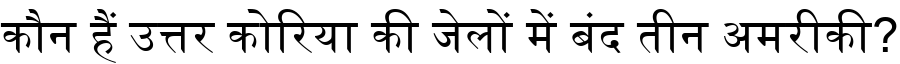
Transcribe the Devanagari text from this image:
कौन हैं उत्तर कोरिया की जेलों में बंद तीन अमरीकी?